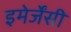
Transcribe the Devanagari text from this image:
इमेर्जेंसी